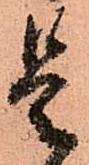
是